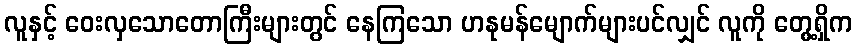
လူနှင့် ဝေးလှသောတောကြီးများတွင် နေကြသော ဟနုမန်မျောက်များပင်လျှင် လူကို တွေ့ရှိက